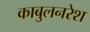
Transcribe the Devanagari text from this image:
काबुलनरेश